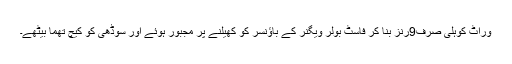
وراٹ کوہلی صرف9رنز بنا کر فاسٹ بولر ویگنر کے باؤنسر کو کھیلنے پر مجبور ہوئے اور سوڈھی کو کیچ تھما بیٹھے۔